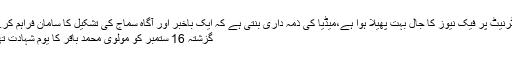
انٹرنیٹ پر فیک نیوز کا جال بہت پھیلا ہوا ہے،میڈیا کی ذمہ داری بنتی ہے کہ ایک باخبر اور آگاہ سماج کی تشکیل کا سامان فراہم کرے
گزشتہ 16 ستمبر کو مولوی محمد باقر کا یوم شہادت تھا۔